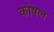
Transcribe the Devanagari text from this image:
कोषल